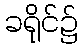
ခရိုင်၌